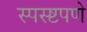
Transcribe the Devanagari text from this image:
स्पस्ष्टपणे